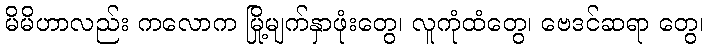
မိမိဟာလည်း ကလောက မြို့မျက်နှာဖုံးတွေ၊ လူကုံထံတွေ၊ ဗေဒင်ဆရာ တွေ၊